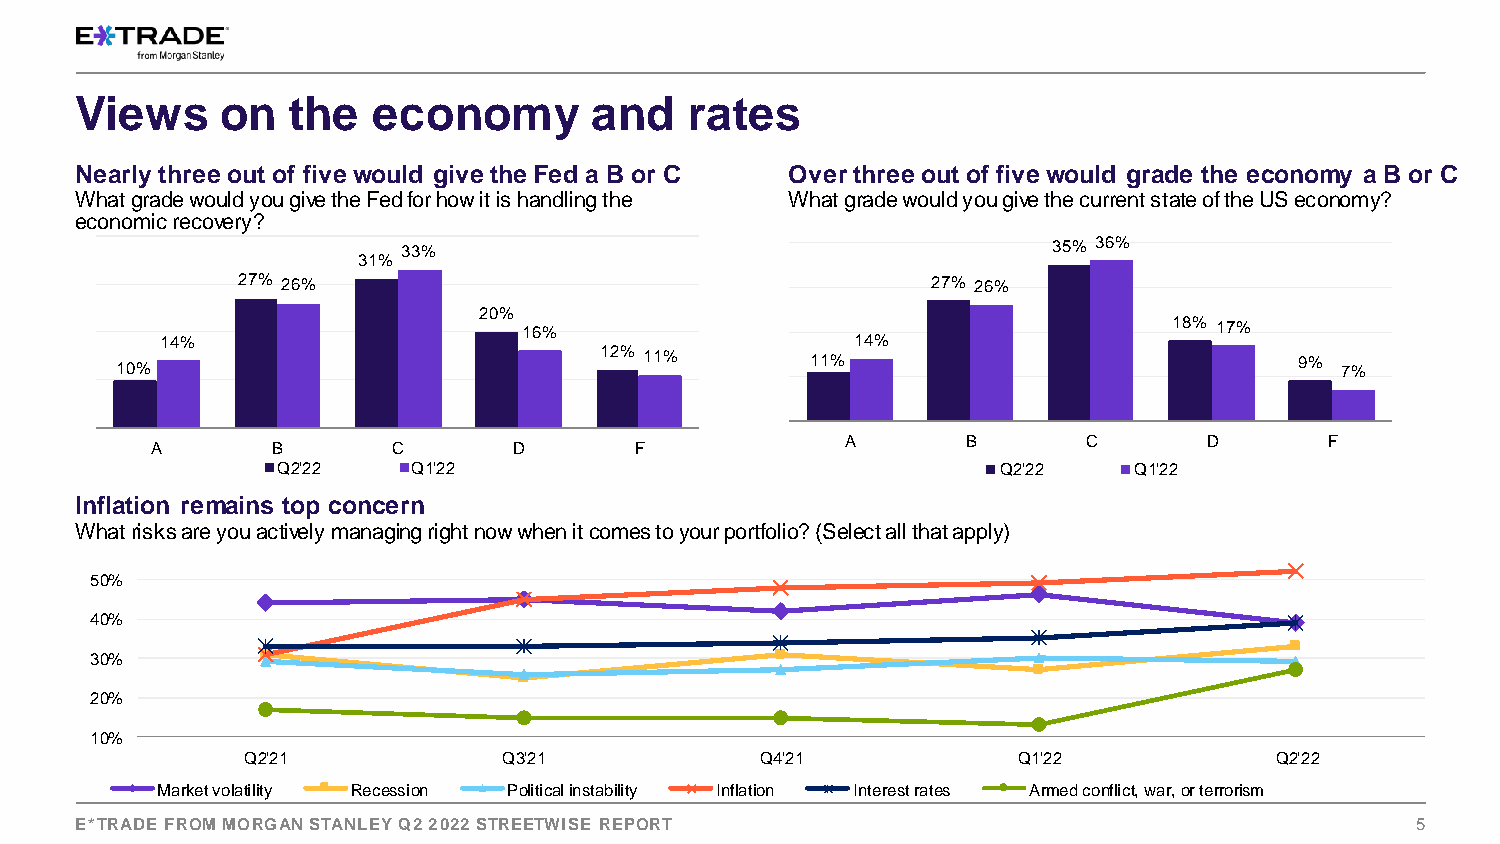
Views     on  the   economy       and    rates
 Nearly three out of five would give the Fed a B or C Over three out of five would grade the economy a B or C
 What grade would you give the Fed for how it is handling the What grade would you give the current state of the US economy?
 economic recovery?
 33%                                        35% 36%
 31%
 27% 26%                                       27% 26%
 20%
 16%                                        18% 17%
 14%                                           14%
 12% 11%       11%                             9%
 10%                                                                              7%
 A       B       C       D       F
 A       B       C       D       F
 Q2'22    Q1'22                                  Q2'22    Q1'22
 Inflation remains top concern
 What risks are you actively managing right now when it comes to your portfolio? (Select all that apply)
 50%
 40%
 30%
 20%
 10%
 Q2'21            Q3'21            Q4'21            Q1'22            Q2'22
 Market volatility Recession Political instability Inflation Interest rates Armed conflict, war, or terrorism
 E*TRADE FROM MORGAN STANLEY Q2 2022 STREETWISE REPORT                 [FOR INTERNAL USE ONLY] 5